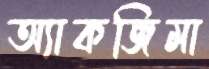
অ্যাকজিমা